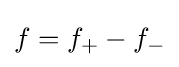
f=f_{+}-f_{-}